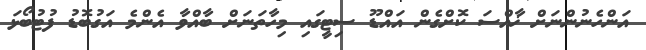
އަންހެނުންނަށް ޚާއްސަ ކޮށްގެން އައްޑޫ ސިޓީގައި މިހާތަނަށް ބާއްވާ އެންމެ އަގުބޮޑު ފުޓުބޯޅަ